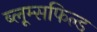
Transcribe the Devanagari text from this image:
ब्लूम्सफिल्ड